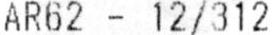
AR62 - 12/312